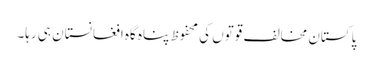
پاکستان مخالف قوتوں کی محفوظ پناہ گاہ افغانستان ہی رہا۔